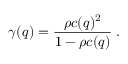
\gamma ( q ) = \frac { \rho c ( q ) ^ { 2 } } { 1 - \rho c ( q ) } \; .